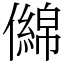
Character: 㒙